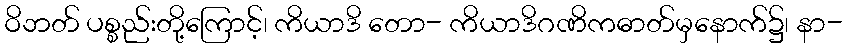
ဝိဘတ် ပစ္စည်းတို့ကြောင့်၊ ကိယာဒိ တော- ကိယာဒိဂဏိကဓာတ်မှနောက်၌၊ နာ-